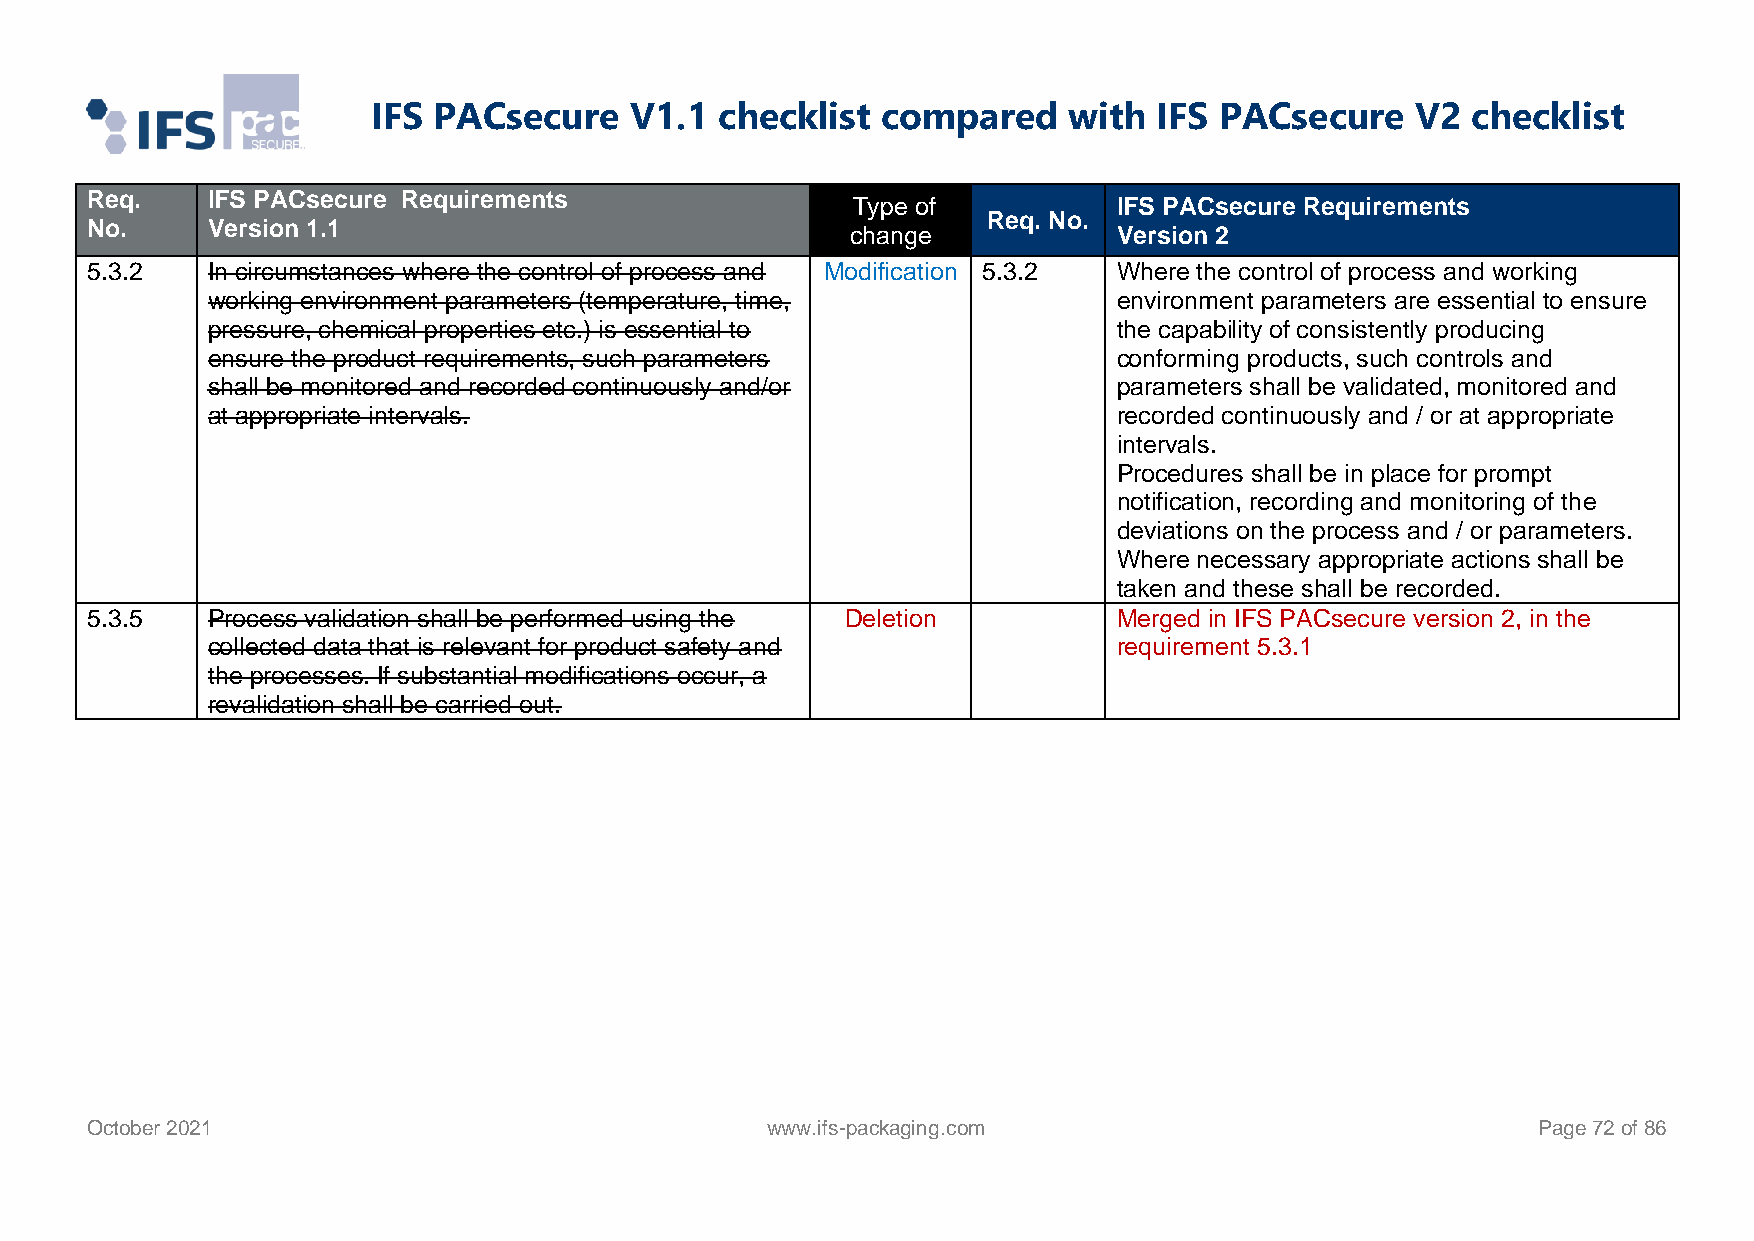
IFS PACsecure    V1.1  checklist compared     with  IFS PACsecure    V2 checklist
 Req.    IFS PACsecure Requirements
 Type of           IFS PACsecure Requirements
 Req. No.
 No.     Version 1.1                               change            Version 2
 5.3.2   In circumstances where the control of process and Modification 5.3.2 Where the control of process and working
 working environment parameters (temperature, time,          environment parameters are essential to ensure
 pressure, chemical properties etc.) is essential to         the capability of consistently producing
 ensure the product requirements, such parameters            conforming products, such controls and
 shall be monitored and recorded continuously and/or         parameters shall be validated, monitored and
 at appropriate intervals.                                   recorded continuously and / or at appropriate
 intervals.
 Procedures shall be in place for prompt
 notification, recording and monitoring of the
 deviations on the process and / or parameters.
 Where necessary appropriate actions shall be
 taken and these shall be recorded.
 5.3.5   Process validation shall be performed using the Deletion    Merged in IFS PACsecure version 2, in the
 collected data that is relevant for product safety and      requirement 5.3.1
 the processes. If substantial modifications occur, a
 revalidation shall be carried out.
 October 2021                                 www.ifs-packaging.com                              Page 72 of 86